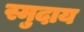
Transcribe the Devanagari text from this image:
स्मुदाय